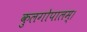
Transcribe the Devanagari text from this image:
कुलगोपालम्‌।